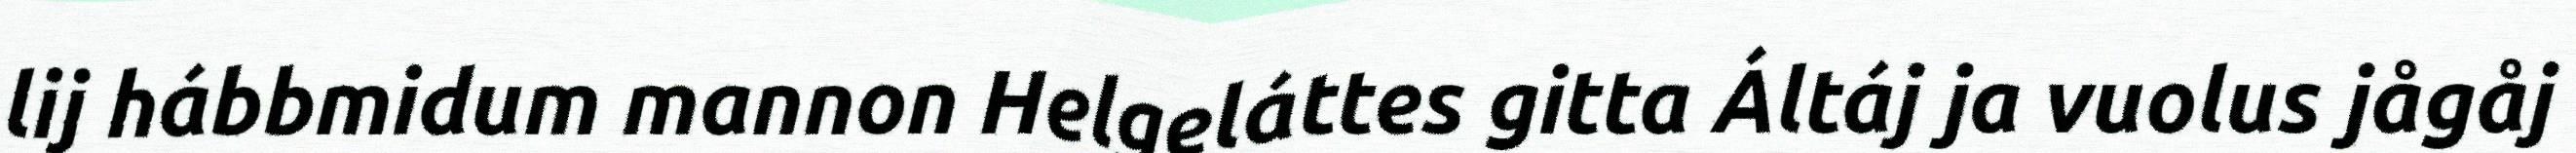
lij hábbmidum mannon Helgeláttes gitta Áltáj ja vuolus jågåj